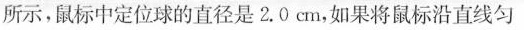
所示，鼠标中定位球的直径是2.0cm，如果将鼠标沿直线匀